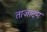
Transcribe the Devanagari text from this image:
ताज़ादम